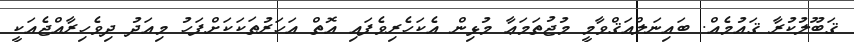
ޤަބޫލުކުރާ ޤައުމެއް. ބައިނަލްއަޤްވާމީ މުޖުތަމަޢާ މުޅިން އެކަހެރިވެފައި އޮތް އަހަރުތަކަކަށްފަހު މިއަދު ދިވެހިރާއްޖެއަކީ